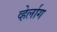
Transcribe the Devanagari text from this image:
व्हेर्लाग